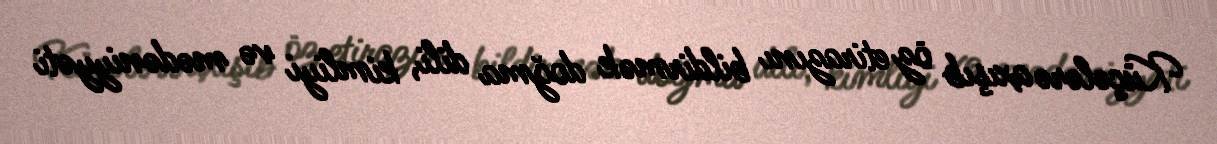
Küçələrə axışıb öz etirazını bildirmək doğma dili, kimliyi və mədəniyyəti